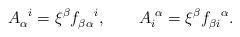
LaTeX: \begin{align*}A_{\alpha}^{\,\,\,\, i} = \xi^{\beta} f_{ \beta \alpha }^{\,\,\,\,\,\,\,i},\,\,\,\,\,\,\,\,\,\,\,\,A_i^{\,\,\alpha} = \xi^{\beta} f_{\beta i}^{\,\,\,\,\, \alpha}.\end{align*}